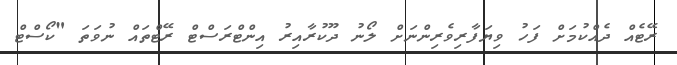
ރޭޓެއް ދެއްކުމަށް ފަހު ވިޔަފާރިވެރިންނަށް ލޯނު ދޫކުރާއިރު އިންޓްރަސްޓް ރޭޓްތައް ނުވަތަ "ކޯސްޓް